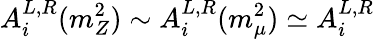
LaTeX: A_{i}^{L,R}(m_{Z}^{2})\sim A_{i}^{L,R}(m_{\mu}^{2})\simeq A_{i}^{L,R}